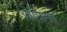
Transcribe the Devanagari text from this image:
ओपित्स